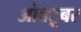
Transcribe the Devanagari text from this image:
ओक्टूबर